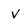
Character: V